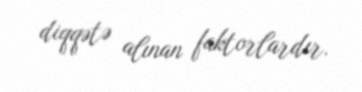
diqqətə alınan faktorlardır.